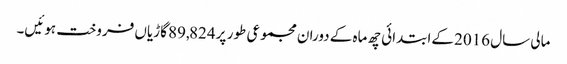
مالی سال 2016 کےابتدائی چھ ماہ کے دوران مجموعی طور پر 89,824 گاڑیاں فروخت ہوئیں۔